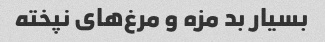
بسیار بد مزه و مرغ‌های نپخته